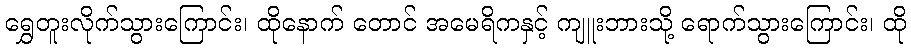
ရွှေတူးလိုက်သွားကြောင်း၊ ထိုနောက် တောင် အမေရိကနှင့် ကျူးဘားသို့ ရောက်သွားကြောင်း၊ ထို